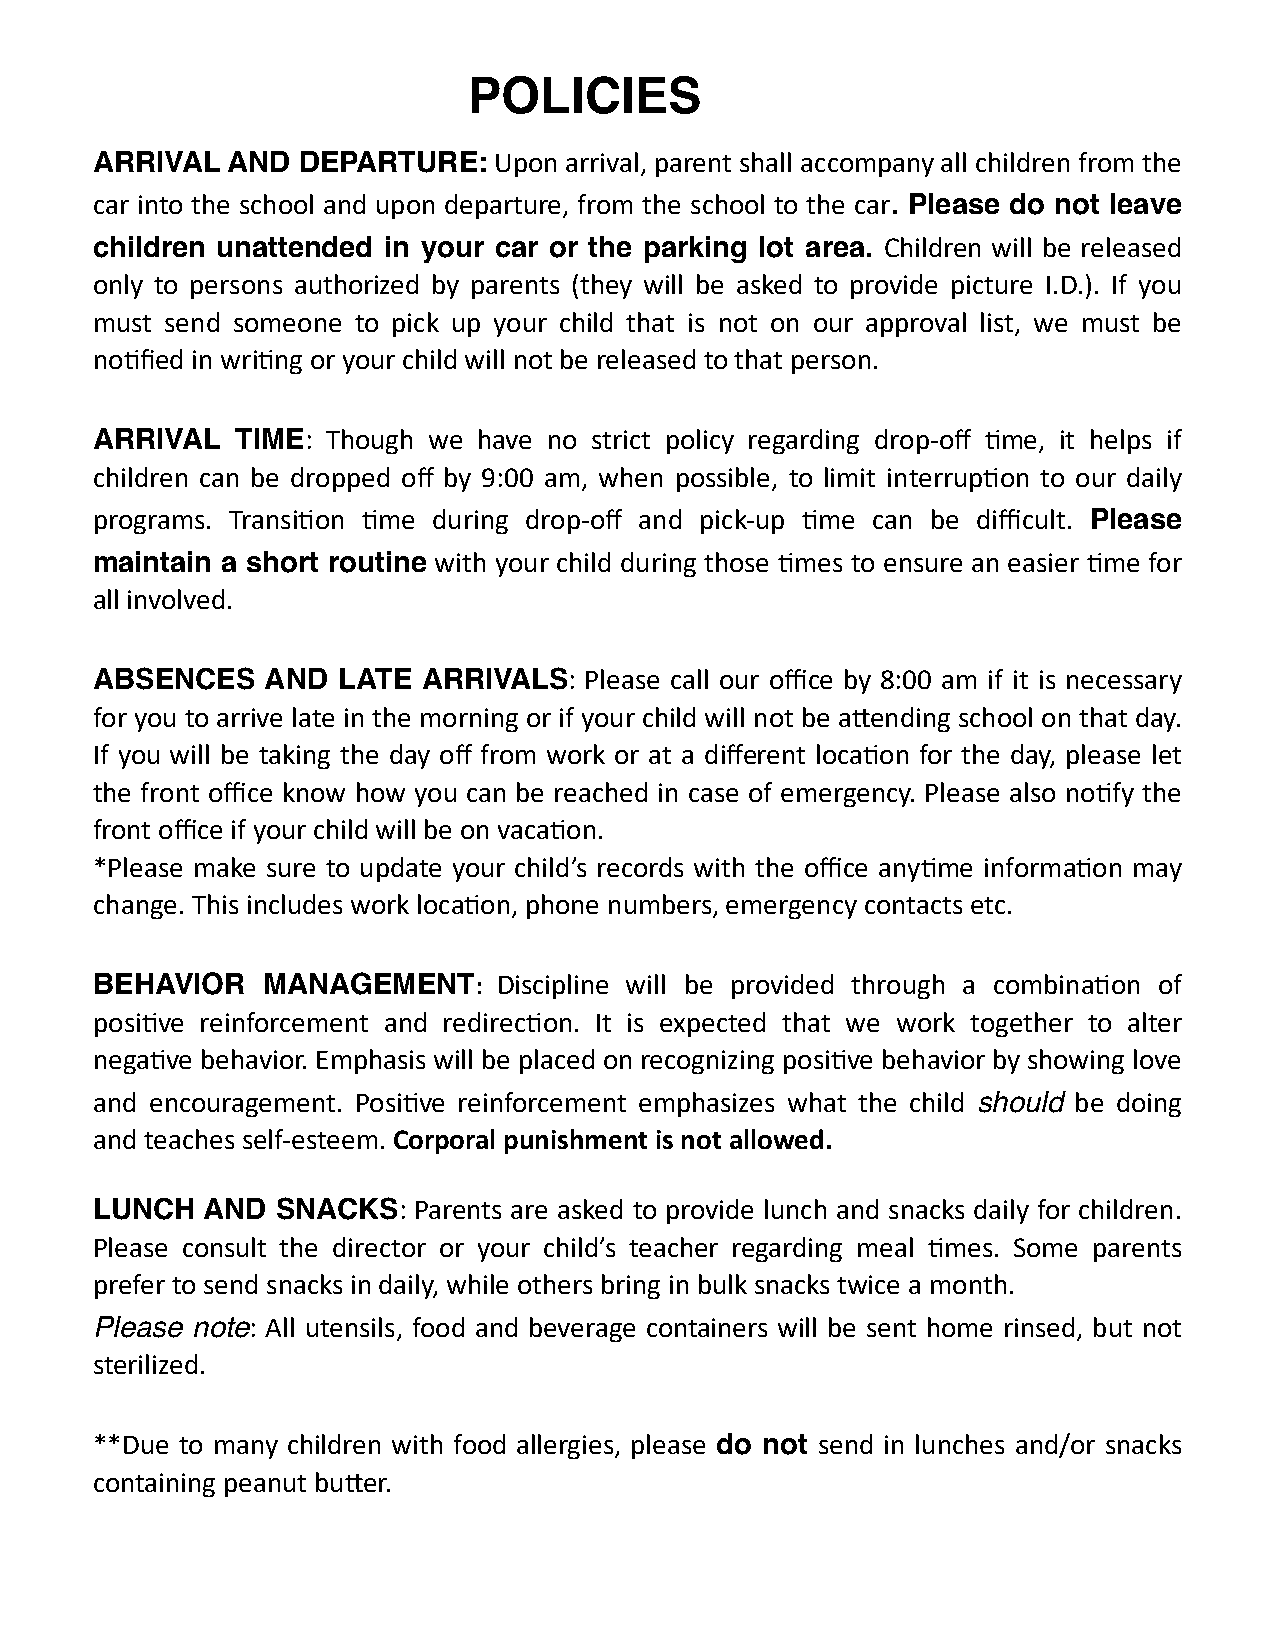
POLICIES
 ARRIVAL  AND  DEPARTURE:   Upon arrival, parent shall accompany all children from the
 car into the school and upon departure, from the school to the car. Please do not leave
 children unattended in your car or the parking lot area. Children will be released
 only to persons authorized by parents (they will be asked to provide picture I.D.). If you
 must send someone to pick up your child that is not on our approval list, we must be
 no;fied in wri;ng or your child will not be released to that person.
 ARRIVAL   TIME: Though we have no strict policy regarding drop-off ;me, it helps if
 children can be dropped off by 9:00 am, when possible, to limit interrup;on to our daily
 programs. Transi;on ;me during drop-off and pick-up ;me can be difficult. Please
 maintain a short routine with your child during those ;mes to ensure an easier ;me for
 all involved.
 ABSENCES    AND LATE  ARRIVALS:  Please call our office by 8:00 am if it is necessary
 for you to arrive late in the morning or if your child will not be agending school on that day.
 If you will be taking the day off from work or at a different loca;on for the day, please let
 the front office know how you can be reached in case of emergency. Please also no;fy the
 front office if your child will be on vaca;on.
 *Please make sure to update your child’s records with the office any;me informa;on may
 change. This includes work loca;on, phone numbers, emergency contacts etc.
 BEHAVIOR   MANAGEMENT:     Discipline will be provided through a combina;on of
 posi;ve reinforcement and redirec;on. It is expected that we work together to alter
 nega;ve behavior. Emphasis will be placed on recognizing posi;ve behavior by showing love
 and encouragement. Posi;ve reinforcement emphasizes what the child should be doing
 and teaches self-esteem. Corporal punishment is not allowed.
 LUNCH  AND  SNACKS:  Parents are asked to provide lunch and snacks daily for children.
 Please consult the director or your child’s teacher regarding meal ;mes. Some parents
 prefer to send snacks in daily, while others bring in bulk snacks twice a month.
 Please note: All utensils, food and beverage containers will be sent home rinsed, but not
 sterilized.
 **Due to many children with food allergies, please do not send in lunches and/or snacks
 containing peanut buger.